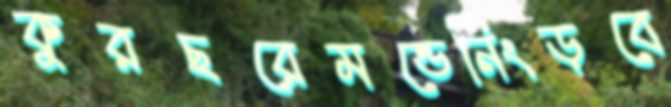
কুরছরেমন্ডেনিংড়বে